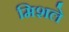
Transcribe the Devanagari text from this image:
मिशले